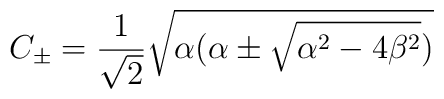
C_{\pm}=\frac{1}{\sqrt{2}}\sqrt{\alpha (\alpha \pm\sqrt{\alpha^{2}-4\beta^{2}})}